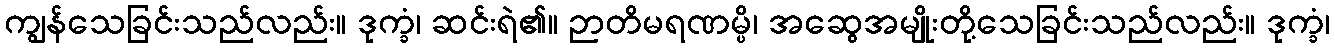
ကျွန်သေခြင်းသည်လည်း။ ဒုက္ခံ၊ ဆင်းရဲ၏။ ဉာတိမရဏမ္ပိ၊ အဆွေအမျိုးတို့သေခြင်းသည်လည်း။ ဒုက္ခံ၊